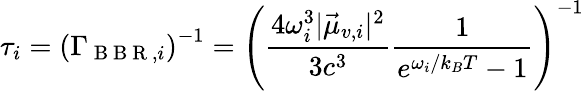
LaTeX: \tau_{i}=\left(\Gamma_{\mathrm{~B~B~R~},i}\right)^{-1}=\left(\frac{4\omega_{i}^{3}|\vec{\mu}_{v,i}|^{2}}{3c^{3}}\frac{1}{e^{\omega_{i}/k_{B}T}-1}\right)^{-1}